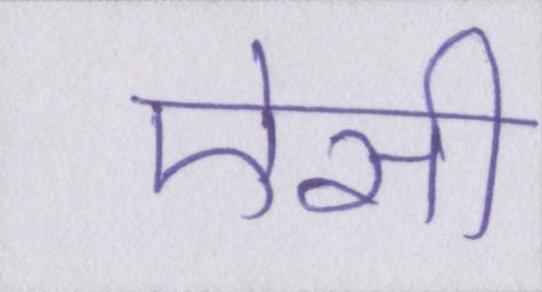
ऐसी